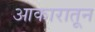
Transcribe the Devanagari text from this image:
आकारातून